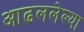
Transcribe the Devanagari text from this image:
आढललेल्या